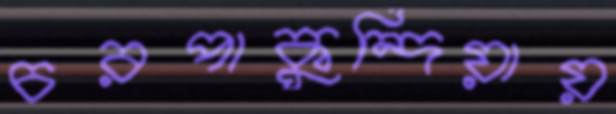
চরপাকুন্দিয়ায়